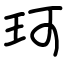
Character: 珂